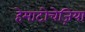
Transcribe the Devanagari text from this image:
हेमाटोचेज़िया